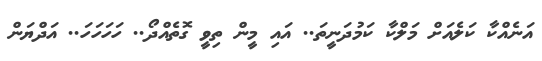
އަނެއްކާ ކަލެއަށް މަލްކާ ކަމުދަނީތަ.. އައި މީން ތިވީ ގޮތެއްދޯ.. ހަހަހަހަ.. އަދްޔަން